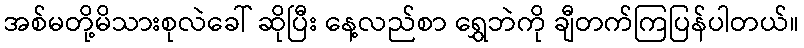
အစ်မတို့မိသားစုလဲခေါ် ဆိုပြီး နေ့လည်စာ ရွှေဘဲကို ချီတက်ကြပြန်ပါတယ်။